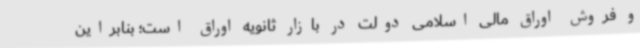
و فروش اوراق مالی اسلامی دولت در بازار ثانویه اوراق است؛ بنابراین